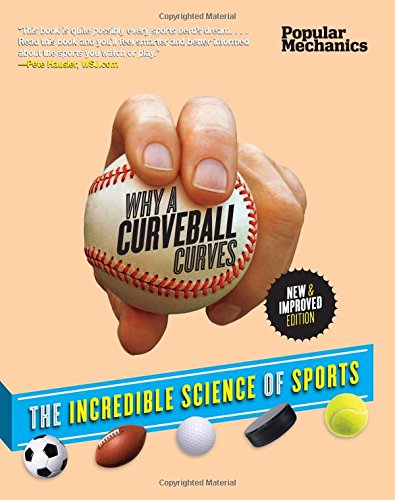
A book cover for Popular Mechanics Why a Curveball Curves: New & Improved Edition: The Incredible Science of Sports; William Hayes; Reference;